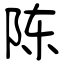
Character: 陈